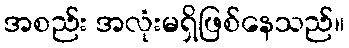
အစည်း အလုံးမရှိဖြစ်နေသည်။